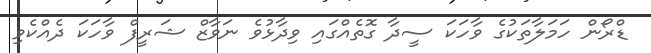
ޑްރޯން ހަމަލާތަކުގެ ވާހަކަ ސީދާ ގޮތެއްގައި ވިދާޅުވެ ނަވާޒް ޝަރީފް ވާހަކަ ދެއްކެވި